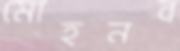
মোহনব